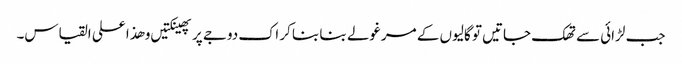
جب لڑائی سے تھک جاتیں تو گالیوں کے مرغولے بنا بنا کر اک دوجے پر پھینکتیں و ھذا علی القیاس۔